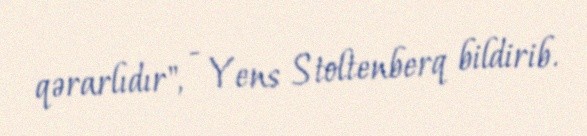
qərarlıdır", - Yens Stoltenberq bildirib.